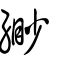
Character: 緲